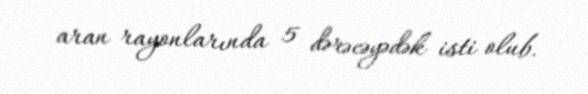
aran rayonlarında 5 dərəcəyədək isti olub.